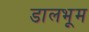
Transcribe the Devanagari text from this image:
डालभूम